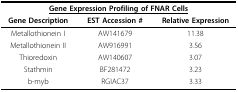
<table><thead><tr><td colspan="3"><b><underline>Gene Expression Profiling of FNAR Cells</underline></b></td></tr><tr><td><b>Gene Description</b></td><td><b>EST Accession #</b></td><td><b>Relative Expression</b></td></tr></thead><tbody><tr><td>Metallothionein I</td><td>AW141679</td><td>11.38</td></tr><tr><td>Metallothionein II</td><td>AW916991</td><td>3.56</td></tr><tr><td>Thioredoxin</td><td>AW140607</td><td>3.07</td></tr><tr><td>Stathmin</td><td>BF281472</td><td>3.23</td></tr><tr><td>b-myb</td><td>RGIAC37</td><td>3.33</td></tr></tbody></table>